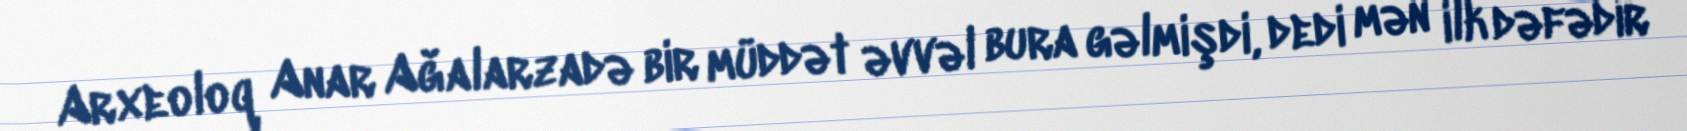
Arxeoloq Anar Ağalarzadə bir müddət əvvəl bura gəlmişdi, dedi mən ilk dəfədir